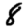
Digit: 8